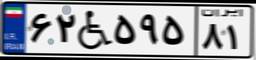
۶۲W۵۹۵۸۱